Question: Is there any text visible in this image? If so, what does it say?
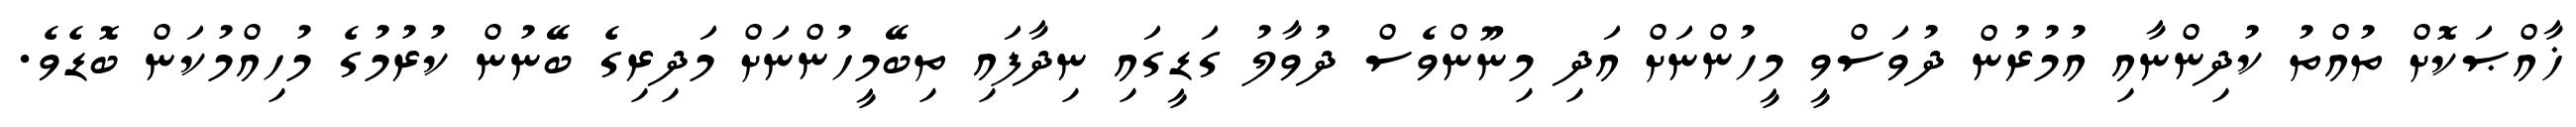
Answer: ޚާއްޞަކޮށް ތުއްތު ކުދިންނާއި އުމުރުން ދުވަސްވީ މީހުންނަށް އަދި މިނޫންވެސް ދުވާލު ގަޑީގައި ނިދާފައި ތިބޭމީހުންނަށް މަދިރިގެ ބޭނުން ކުރުމުގެ މުހިއްމުކަން ބޮޑެވެ.